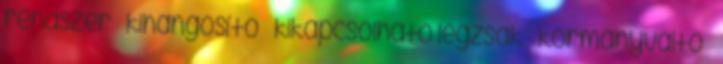
rendszer – kihangosító – kikapcsolható légzsák – kormányváltó –